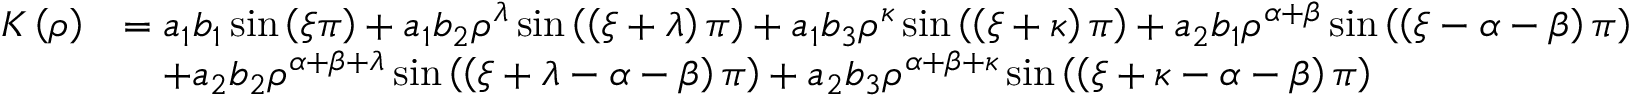
\begin{array} { r l } { K \left( \rho \right) } & { = a _ { 1 } b _ { 1 } \sin \left( \xi \pi \right) + a _ { 1 } b _ { 2 } \rho ^ { \lambda } \sin \left( \left( \xi + \lambda \right) \pi \right) + a _ { 1 } b _ { 3 } \rho ^ { \kappa } \sin \left( \left( \xi + \kappa \right) \pi \right) + a _ { 2 } b _ { 1 } \rho ^ { \alpha + \beta } \sin \left( \left( \xi - \alpha - \beta \right) \pi \right) } \\ & { \quad + a _ { 2 } b _ { 2 } \rho ^ { \alpha + \beta + \lambda } \sin \left( \left( \xi + \lambda - \alpha - \beta \right) \pi \right) + a _ { 2 } b _ { 3 } \rho ^ { \alpha + \beta + \kappa } \sin \left( \left( \xi + \kappa - \alpha - \beta \right) \pi \right) } \end{array}